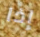
إذا